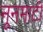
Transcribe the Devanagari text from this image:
नूनमाटी